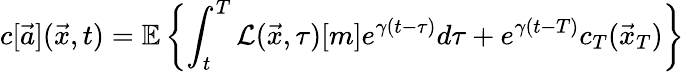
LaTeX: c[\vec{a}](\vec{x},t)=\mathbb{E}\left\{ \int_{t}^{T}\mathcal{L}(\vec{x},\tau)[m]e^{\gamma(t-\tau)}d\tau+e^{\gamma(t-T)}c_{T}(\vec{x}_{T})\right\}